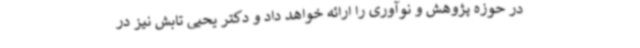
در حوزه پژوهش و نوآوری را ارائه خواهد داد و دکتر یحیی تابش نیز در